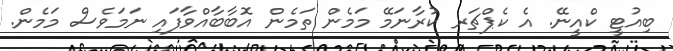
ބިއުޓީ ކްއީނޭ. އެ ކެޕްޗަރ ކުރާނަމޭ މަމެން ތަމެން އޮބާބާއްވާފައި ނަމަވެސް މަމެން.